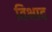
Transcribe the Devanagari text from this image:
विभाद